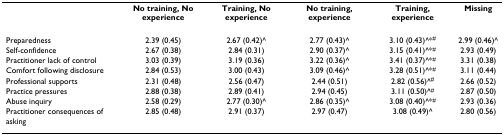
|  | No training, No experience | Training, No experience | No training, experience | Training, experience | Missing |
 | --- | --- | --- | --- | --- | --- |
 | Preparedness | 2.39 (0.45) | 2.67 (0.42)^ | 2.77 (0.43)^ | 3.10 (0.43)^*# | 2.99 (0.46)^ |
 | Self-confidence | 2.67 (0.38) | 2.84 (0.31) | 2.90 (0.37)^ | 3.15 (0.41)^*# | 2.93 (0.49) |
 | Practitioner lack of control | 3.03 (0.39) | 3.19 (0.36) | 3.22 (0.36)^ | 3.41 (0.37)^*# | 3.31 (0.38) |
 | Comfort following disclosure | 2.84 (0.53) | 3.00 (0.43) | 3.09 (0.46)^ | 3.28 (0.51)^*# | 3.11 (0.44) |
 | Professional supports | 2.31 (0.48) | 2.56 (0.47) | 2.44 (0.51) | 2.82 (0.56)^# | 2.66 (0.52) |
 | Practice pressures | 2.88 (0.38) | 2.89 (0.41) | 2.94 (0.45) | 3.11 (0.50)^# | 2.87 (0.50) |
 | Abuse inquiry | 2.58 (0.29) | 2.77 (0.30)^ | 2.86 (0.35)^ | 3.08 (0.40)^*# | 2.93 (0.36) |
 | Practitioner consequences of asking | 2.85 (0.48) | 2.91 (0.37) | 2.97 (0.47) | 3.08 (0.49)^ | 2.80 (0.56) |